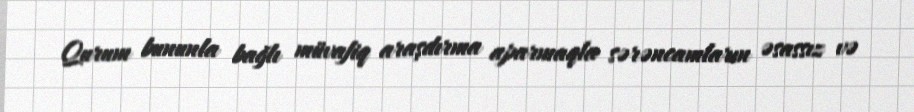
Qurum bununla bağlı müvafiq araşdırma aparmaqla sərəncamların əsassız və